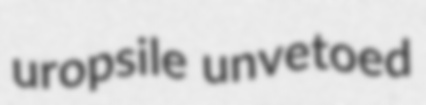
uropsile unvetoed